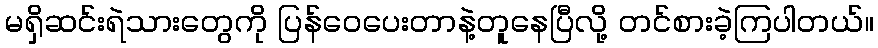
မရှိဆင်းရဲသားတွေကို ပြန်ဝေပေးတာနဲ့တူနေပြီလို့ တင်စားခဲ့ကြပါတယ်။